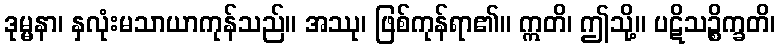
ဒုမ္မနာ၊ နှလုံးမသာယာကုန်သည်။ အဿု၊ ဖြစ်ကုန်ရာ၏။ ဣတိ၊ ဤသို့။ ပဋိသဉ္စိက္ခတိ၊